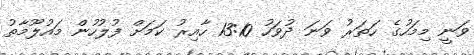
ވަނީ މިމަހުގެ ހަތަރު ވަނަ ދުވަހު 13:10 ހާއިރު ކަމަށް ފުލުހުން މައުލޫމާތު